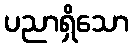
ပညာရှိသော